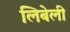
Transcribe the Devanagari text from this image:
लिबेली